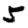
Digit: 5